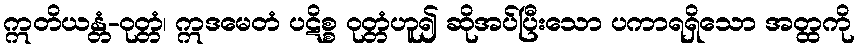
ဣတိယန္တံ-ဝုတ္တံ၊ ဣဒမေတံ ပဋိစ္စ ဝုတ္တံဟူ၍ ဆိုအပ်ပြီးသော ပကာရရှိသော အတ္ထကို